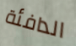
الدافئة